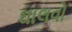
ઘાલવો